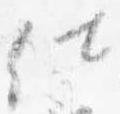
仕